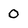
Character: 0